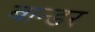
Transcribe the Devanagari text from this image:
बान्डर